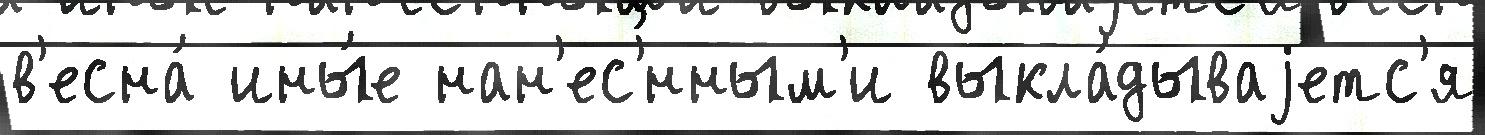
в'есна́ ины́е нан'ес'́нным'и выкла́дываjетс'я